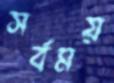
সর্বময়